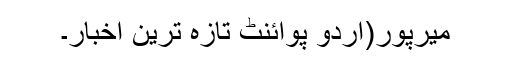
میرپور(اُردو پوائنٹ تازہ ترین اخبار۔